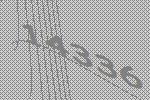
14336